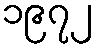
၁၉၇၂